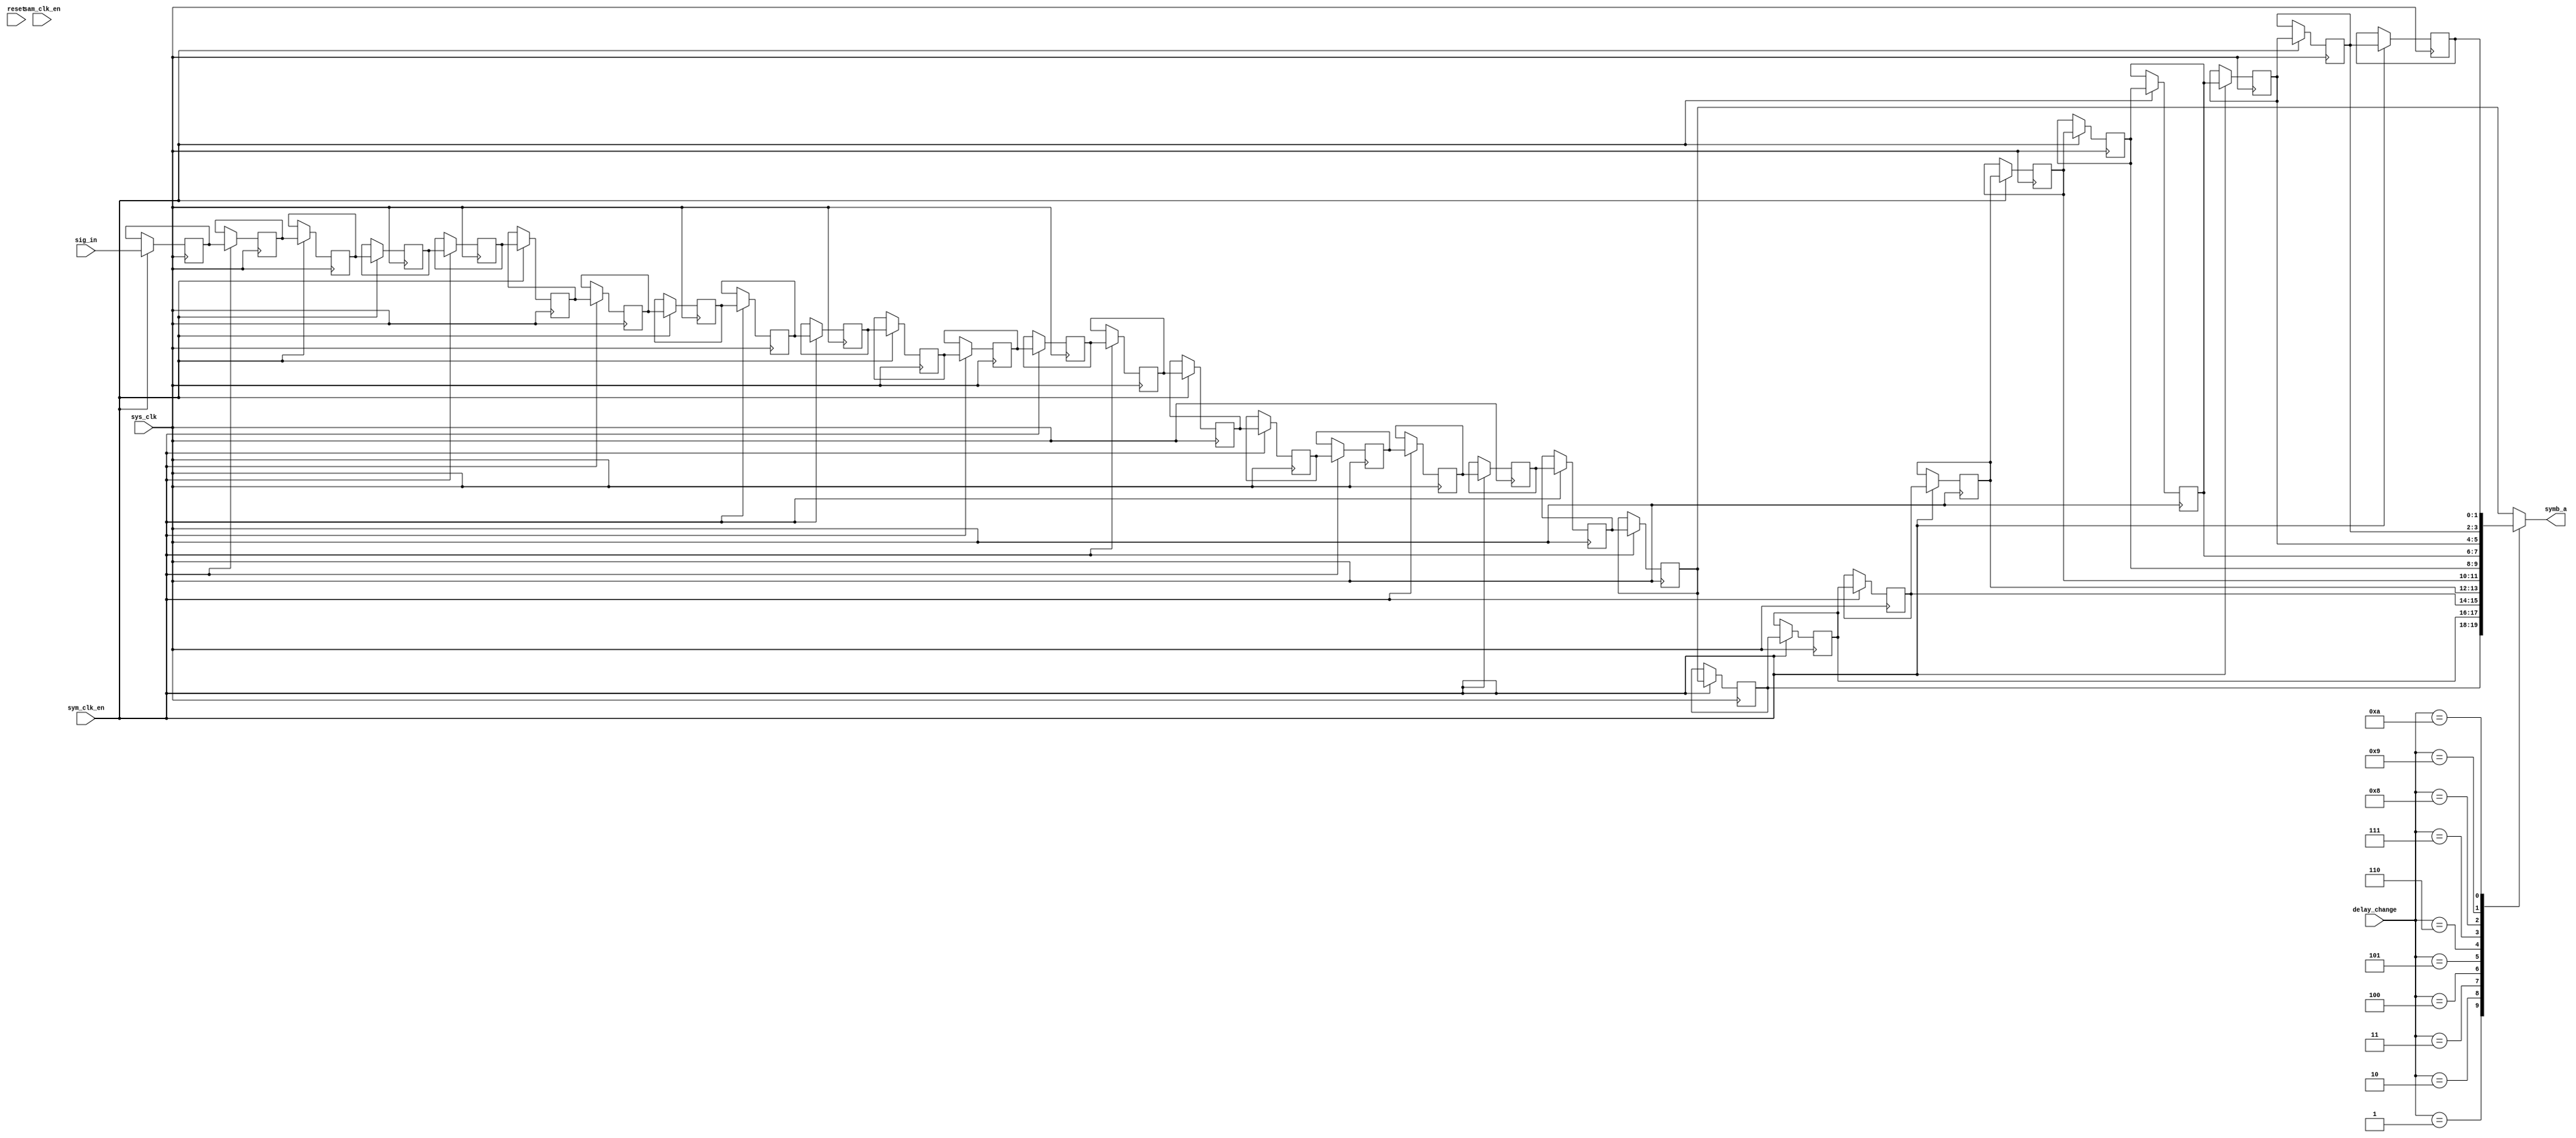
module delay #(
	parameter DELAY = 30
)(
    input sym_clk_en, sam_clk_en, sys_clk, reset,
    input [1:0] sig_in,
	 input [3:0] delay_change,
    output reg [1:0] symb_a
    //output reg [1:0] delay_reg [DELAY_COUNT-1:0]

);
// delay change should be DELAY = 30 and delay_change of 4
// delay change should be DELAY = 20 and delay_change of 9




reg [1:0]  delay[DELAY:0];
integer i;

always @ (posedge sys_clk)
	if(sym_clk_en)
		delay[0] <= sig_in;
	else
		delay[0] <= delay[0];

always @ (posedge sys_clk)
	if(sym_clk_en)
		for (i = 1; i <=DELAY; i=i+1)
			delay[i] <= delay[i-1];
	else
		for (i = 1; i <= DELAY; i = i+1)
			delay[i] <= delay[i];
			

always @ *
    case(delay_change)
    4'd0: symb_a = delay[DELAY-10];
    4'd1: symb_a = delay[DELAY-9];
    4'd2: symb_a = delay[DELAY-8];
    4'd3: symb_a = delay[DELAY-7];
	 4'd4: symb_a = delay[DELAY-6];
	 4'd5: symb_a = delay[DELAY-5];
	 4'd6: symb_a = delay[DELAY-4];
	 4'd7: symb_a = delay[DELAY-3];
	 4'd8: symb_a = delay[DELAY-2];
	 4'd9: symb_a = delay[DELAY-1];
	 4'd10: symb_a = delay[DELAY];
    default: symb_a = delay[DELAY-10];
    endcase


endmodule